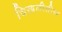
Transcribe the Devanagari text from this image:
चिखलीतील